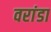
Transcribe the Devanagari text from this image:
वरांडा